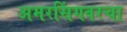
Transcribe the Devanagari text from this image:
अमरसिंगवरचा